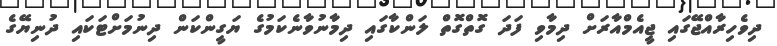
ދިވެހިރާއްޖޭގައި ޖީއެމްއާރަށް ދިމާވި ފަދަ ގޮތްގޮތް ލަންކާގައި ދިމާނުވާނެކަމުގެ ޔަގީންކަން ދިނުމަށްޓަކައި ދުނިޔޭގެ